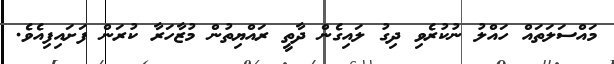
މައްސަލަތައް ހައްލު ނުކުރެވި ދިގު ލައިގެން ދާތީ ރައްޔިތުން މުޒާހަރާ ކުރަން ފަށައިފިއެވެ.